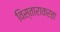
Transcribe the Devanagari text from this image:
विस्ताराकरता